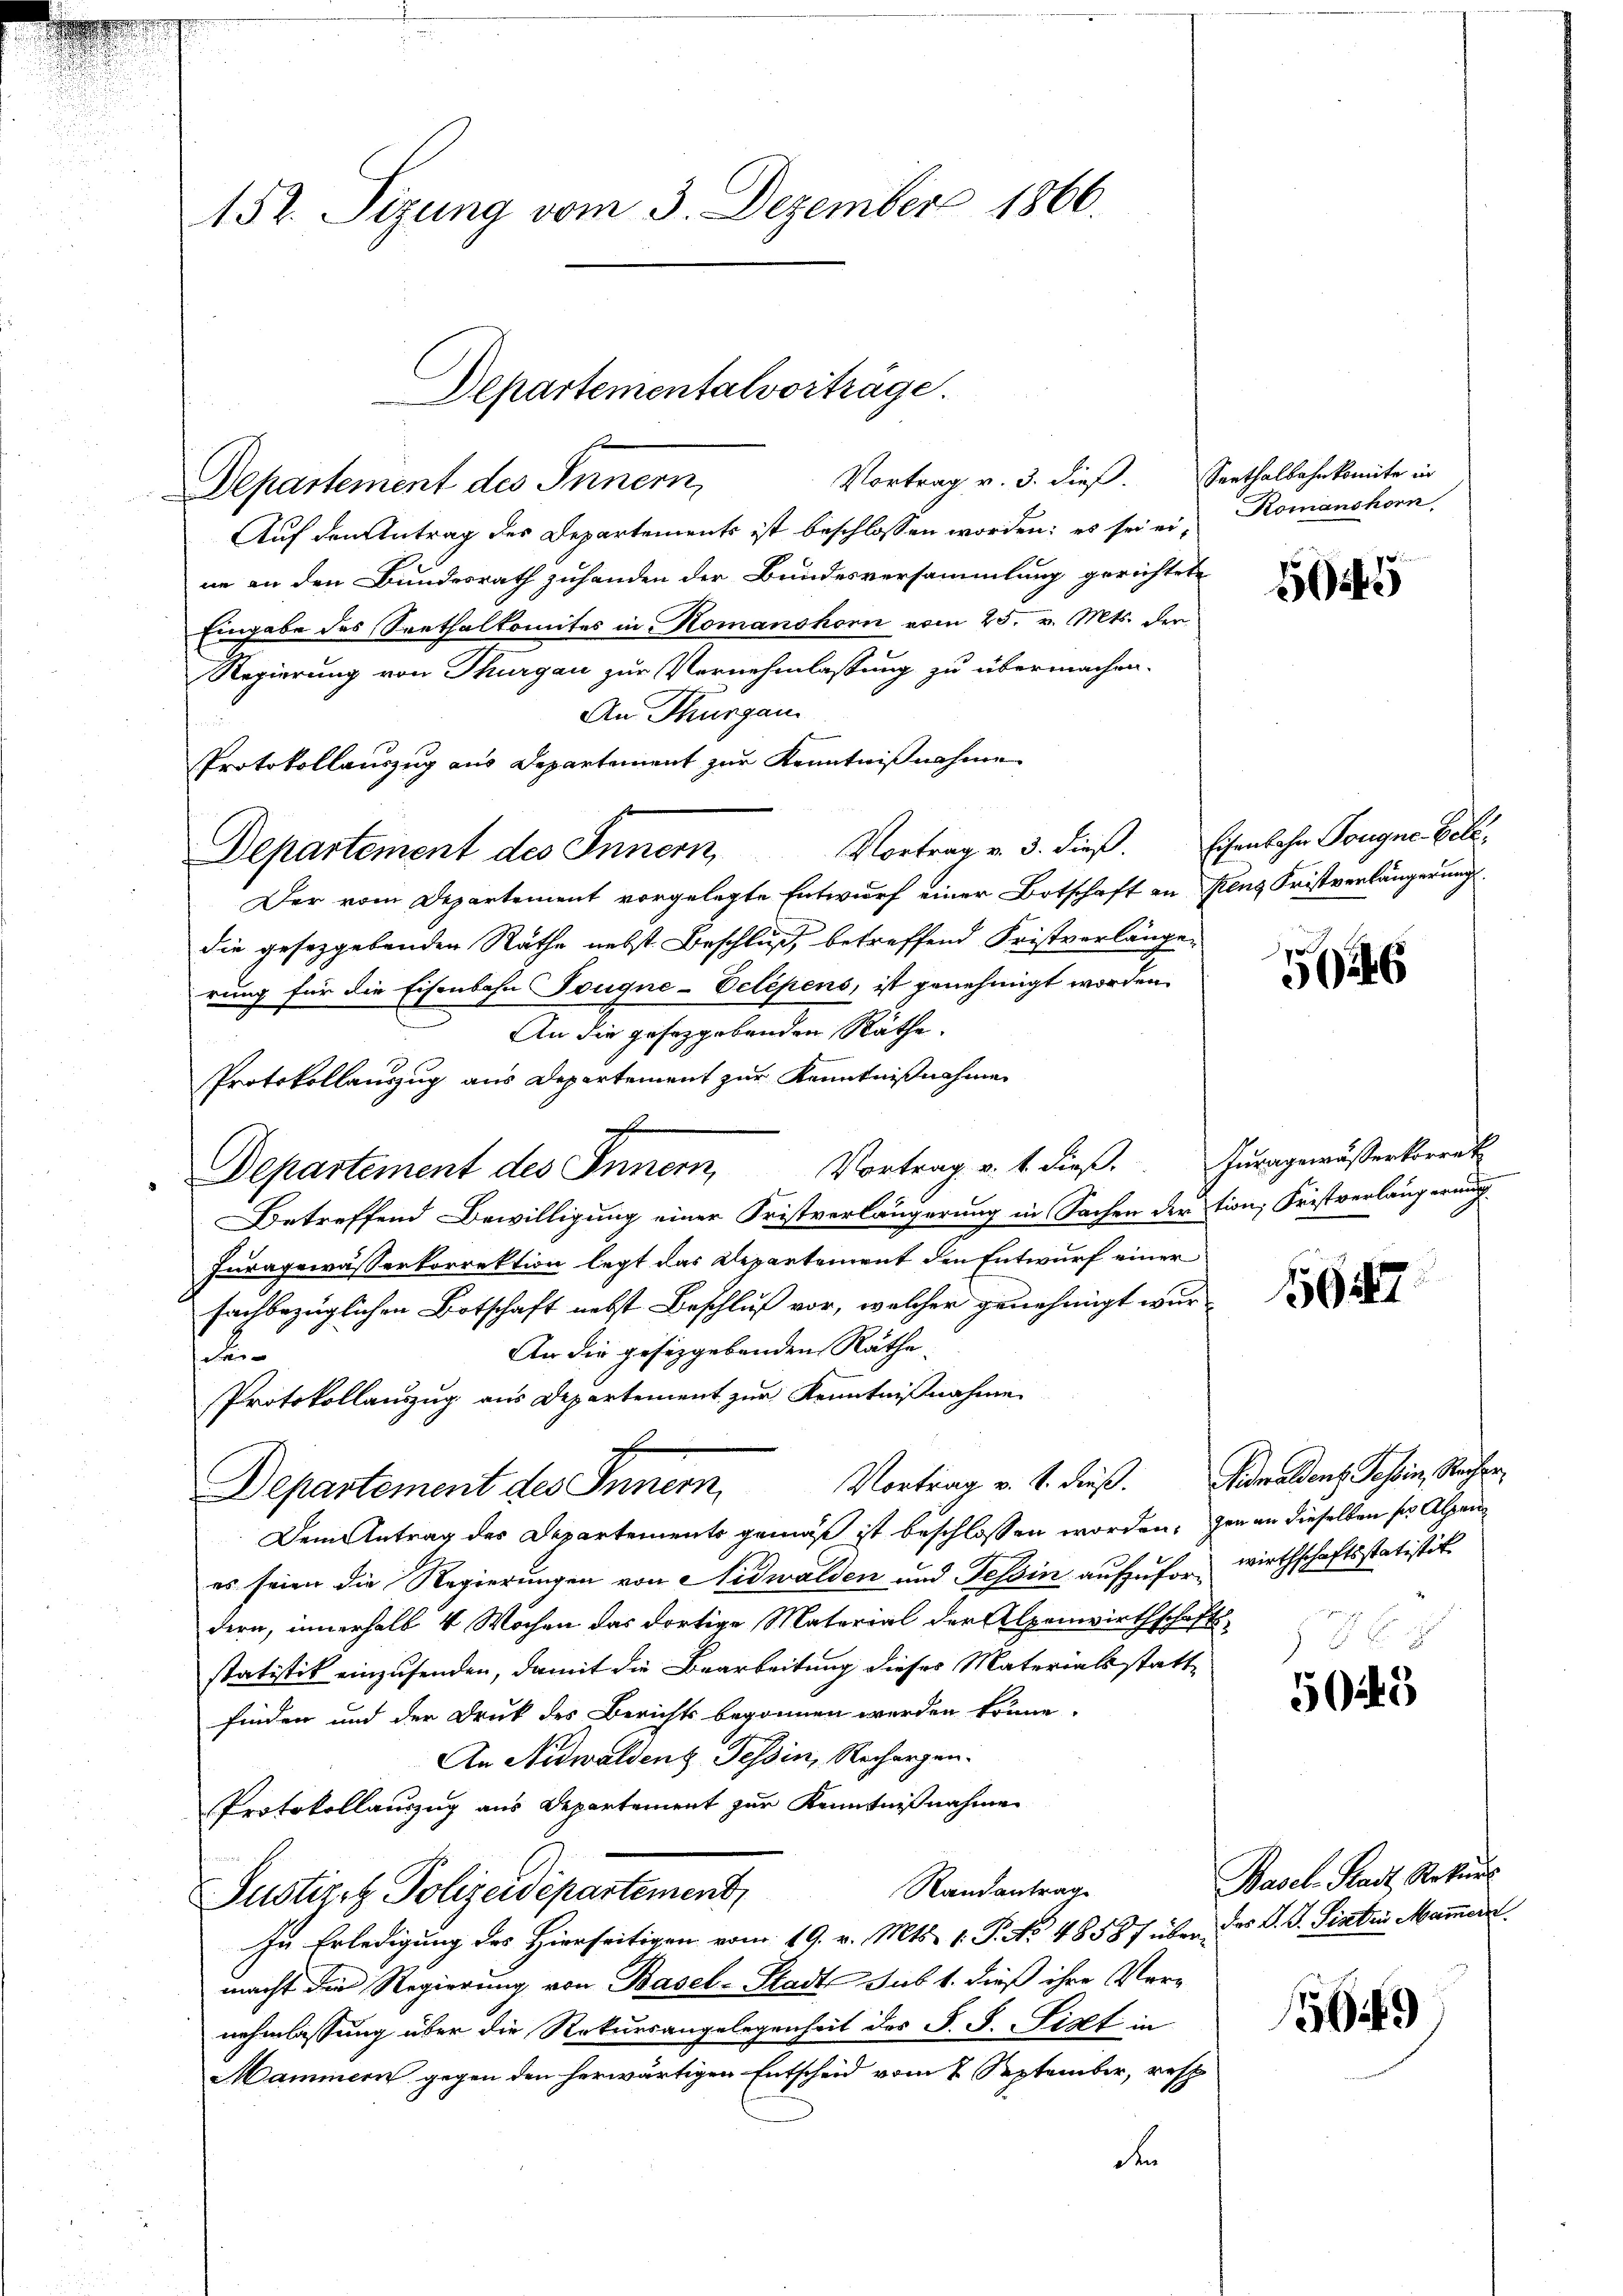
152. Sizung vom 3. Dezember 1866.

Auf den Antrag des Departements ist beschlossen worden; es sei eine an den Bundesrath zuhanden der Bundesversammlung gerichtete
Eingabe des Seethalkomites in Komanshorn vom 25. v. Mts. der
Regierung von Thurgau zur Vernehmlassung zu übermachen.
An Thurgau
Protokollauszug aus Departement zur Kenntnißnahme
Departement des Innern,
Der vom Departement vorgelegte Entwurf einer Botschaft an Rens Fristverlängerung
die gesetzgebenden Rathe nebst Beschluß, betreffend Fristverlängerung für die Eisenbahn Tougne-Velépens, ist genehmigt worden.
An die gesetzgebenden Räthe.
Protokollauszug aus Departement zur Kenntnißnahme
Betreffend Bewilligung einer Fristverlängerung in Sachen der tion, Fristverlängerung
Furagewässerkorrektion legt das Repartement den Entwurf einer
fachbezüglichen Botschaft nebst Beschluß vor, welcher genehmigt wur
An die gesizgebenden Räthe

Protokollauszug aus Departement zur Kenntnißnahme
7.
Vortrag v. 1. dieß. Nidwaldens Tessin, Rechen
Departement des Innern,
Dem Antrag des Departements gemäß ist beschlossen worden, den an dieselben ser Alpen
es seien die Regierungen von Nidwalden und Tessin aufzufor- wirthschaftsstatistik
dern, innerhalb 4 Wochen das dortige Material der Alpenwirthschafts-
statistik einzusenden, damit die Bearbeitung dieses Materialsstattfinden und der Druck des Berichts begonnen werden könne.
An Nidwalden Tessin, Rechargen.
Protokollauszug aus Departement zur Kenntnißnahme
Randantrag
Justizet Polizeidepartement,
In Erledigung des Hierseitigen vom 19. v. Mts. 1. P. No. 48587 über des d. J. Sinten Mammern
macht der Regierung von Basel-Stadt sub 1. dieß ihre Vernehmlassung über die Rekursangelegenheit des S. S. Tipf in
Mammern gegen den herwärtigen Entscheid vom 2. September, resp
F

Departementalvorträge.
e
Vortrag v. 3. dieß. Senthalbahnkomite in
Departement des Innern,

o
Departement des Innern, Vortrag v. 1. dieß.

Romanshorn

1245

Vortrag v. 3. dieß. Eisenbahn Tougne Bele¬

126

Juragewässerkorrek

15687

5045

Basel-Stadt Rekurs

56